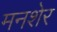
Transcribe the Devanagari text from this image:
मनशेर